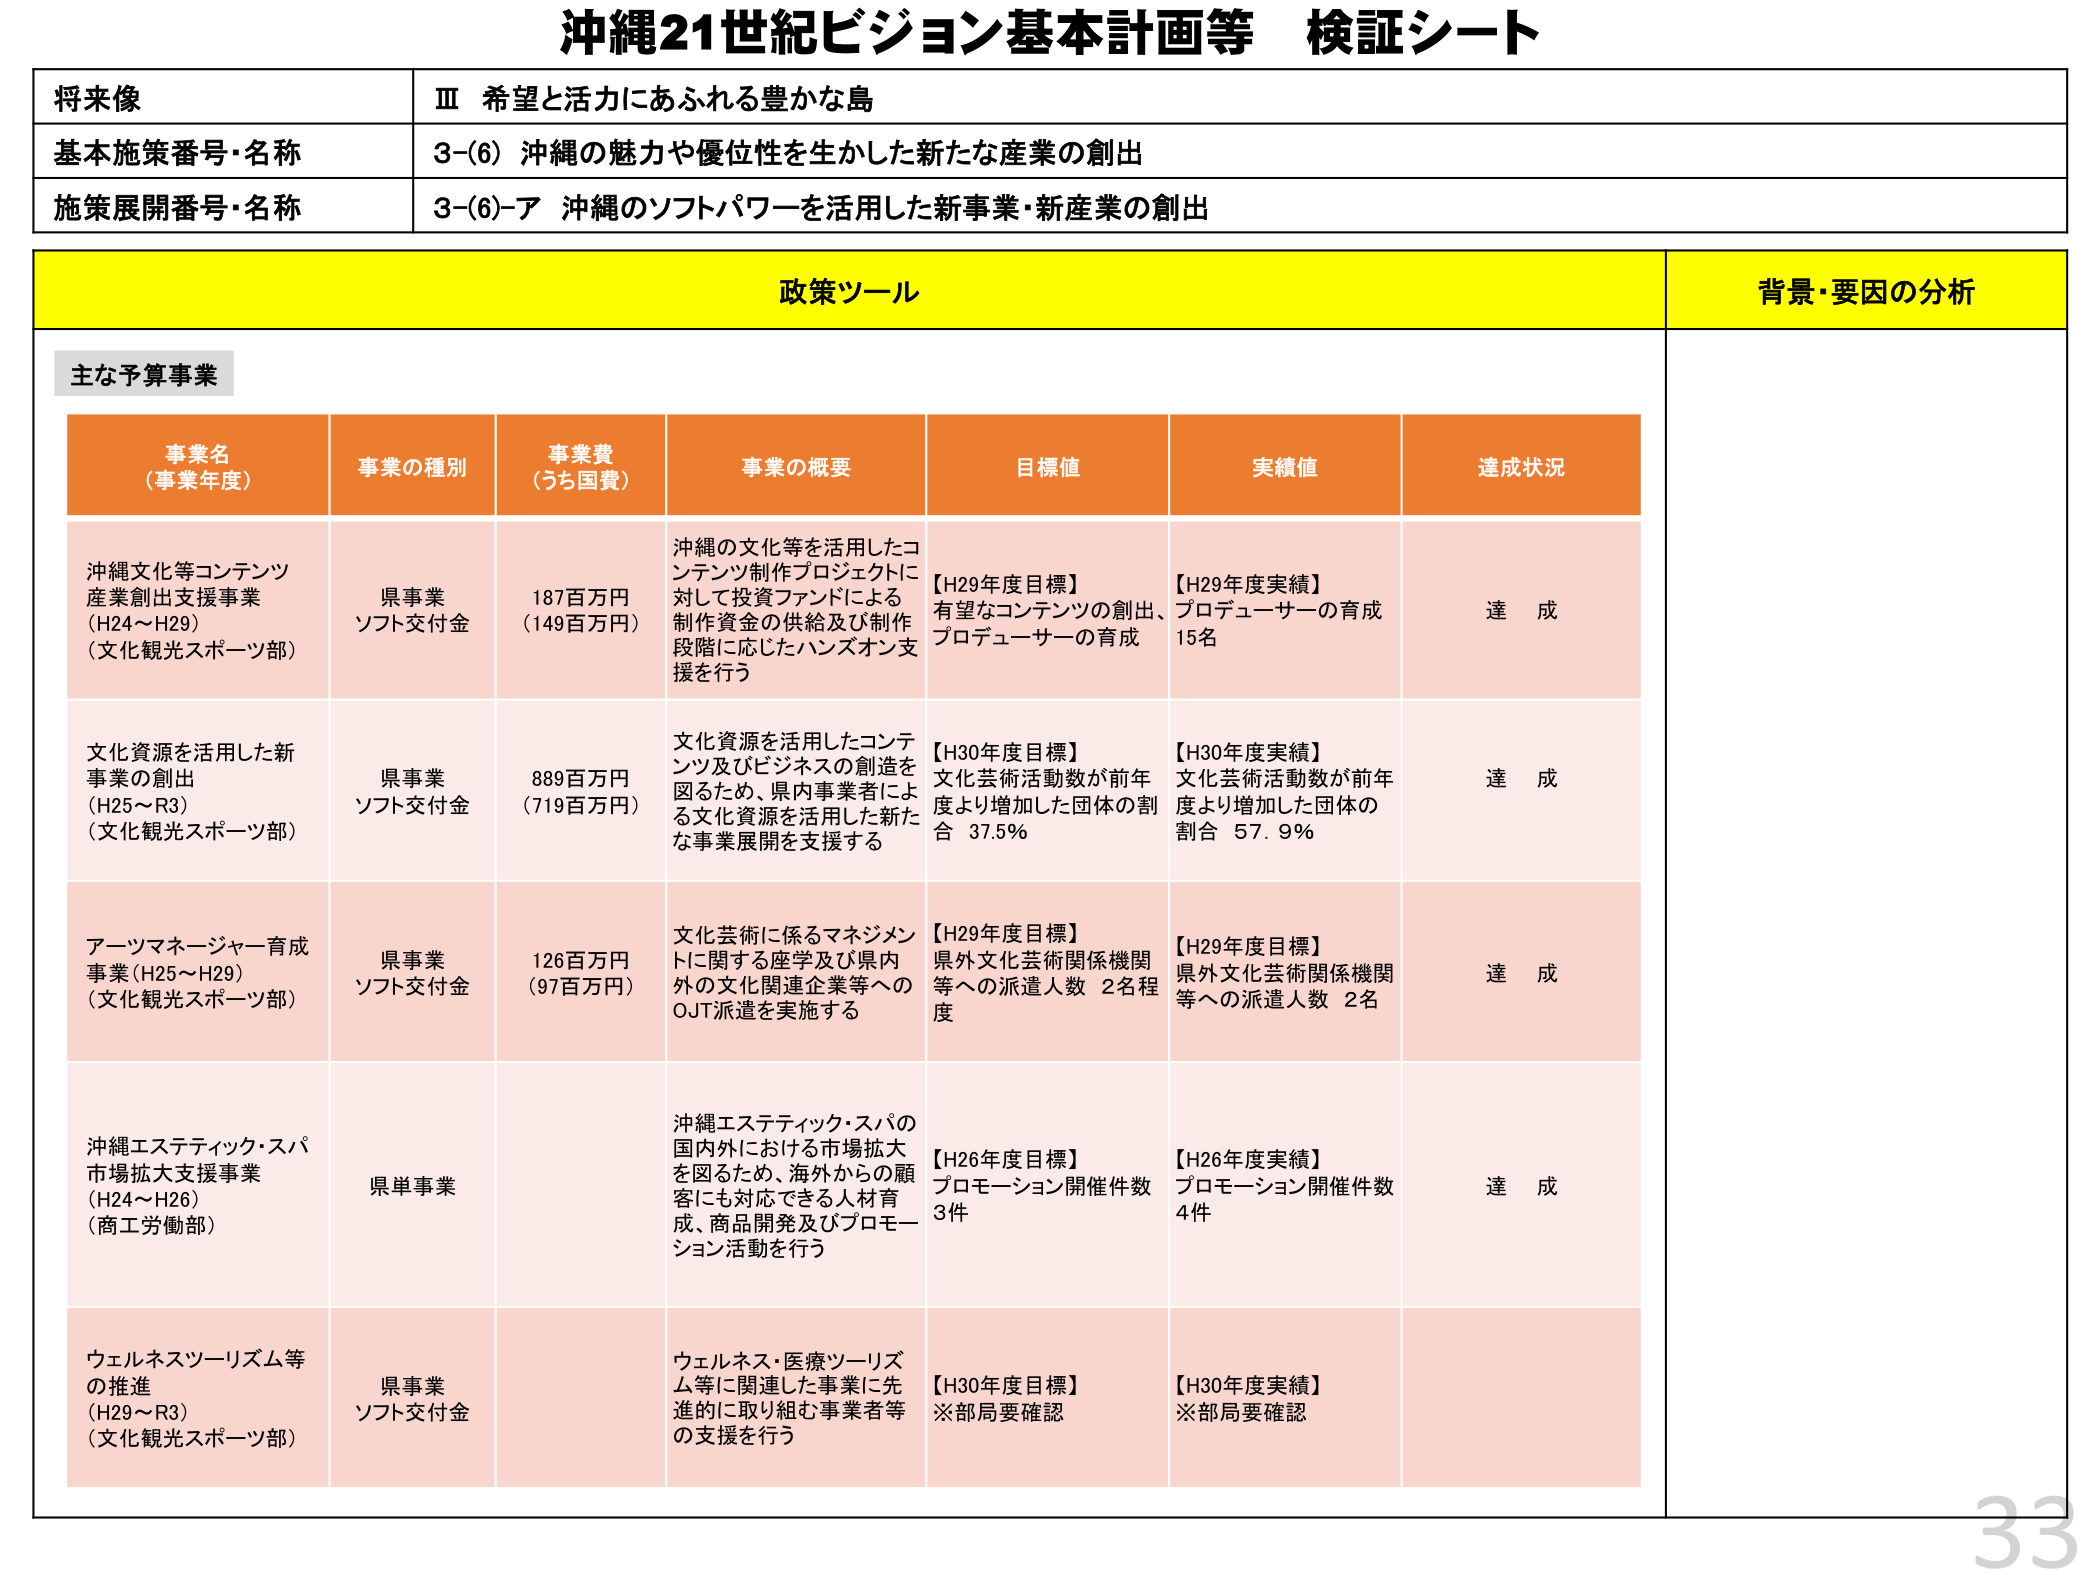
沖縄21世紀ビジョン基本計画等 検証シート

将来像
Ⅲ 希望と活力にあふれる豊かな島

基本施策番号・名称
3-(6) 沖縄の魅力や優位性を生かした新たな産業の創出

施策展開番号・名称
3-(6)-ア 沖縄のソフトパワーを活用した新事業・新産業の創出

政策ツール
背景・要因の分析

主な予算事業

事業名（事業年度）
事業の種別
事業費（うち国費）
事業の概要
目標値
実績値
達成状況

沖縄文化等コンテンツ産業創出支援事業（H24～H29）（文化観光スポーツ部）
県事業 ソフト交付金
187百万円（149百万円）
沖縄の文化等を活用したコンテンツ制作プロジェクトに対して投資ファンドによる制作資金の供給及び制作段階に応じたハンズオン支援を行う
【H29年度目標】有望なコンテンツの創出、プロデューサーの育成
【H29年度実績】プロデューサーの育成 15名
達成

文化資源を活用した新事業の創出（H25～R3）（文化観光スポーツ部）
県事業 ソフト交付金
889百万円（719百万円）
文化資源を活用したコンテンツ及びビジネスの創造を図るため、県内事業者による文化資源を活用した新たな事業展開を支援する
【H30年度目標】文化芸術活動数が前年度より増加した団体の割合 37.5％
【H30年度実績】文化芸術活動数が前年度より増加した団体の割合 57.9％
達成

アーツマネージャー育成事業（H25～H29）（文化観光スポーツ部）
県事業 ソフト交付金
126百万円（97百万円）
文化芸術に係るマネジメントに関する座学及び県内外の文化関連企業等へのOJT派遣を実施する
【H29年度目標】県外文化芸術関係機関等への派遣人数 2名程度
【H29年度実績】県外文化芸術関係機関等への派遣人数 2名
達成

沖縄エステティック・スパ市場拡大支援事業（H24～H26）（商工労働部）
県単事業
沖縄エステティック・スパの国内外における市場拡大を図るため、海外からの顧客にも対応できる人材育成、商品開発及びプロモーション活動を行う
【H26年度目標】プロモーション開催件数 3件
【H26年度実績】プロモーション開催件数 4件
達成

ウェルネスツーリズム等の推進（H29～R3）（文化観光スポーツ部）
県事業 ソフト交付金
ウェルネス・医療ツーリズム等に関連した事業に先進的に取り組む事業者等の支援を行う
【H30年度目標】※部局要確認
【H30年度実績】※部局要確認

33